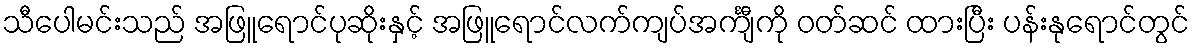
သီပေါမင်းသည် အဖြူရောင်ပုဆိုးနှင့် အဖြူရောင်လက်ကျပ်အင်္ကျီကို ဝတ်ဆင် ထားပြီး ပန်းနုရောင်တွင်